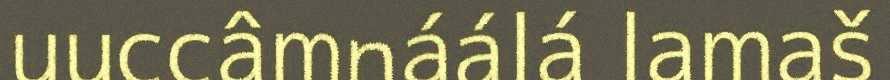
uuccâmnáálá lamaš